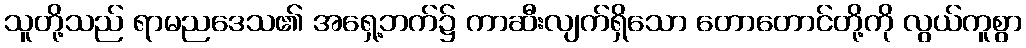
သူတို့သည် ရာမညဒေသ၏ အရှေ့ဘက်၌ ကာဆီးလျက်ရှိသော တောတောင်တို့ကို လွယ်ကူစွာ